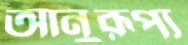
আনুরূপ্য